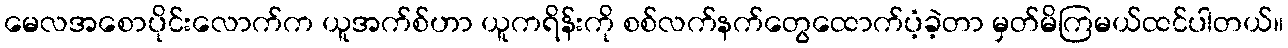
မေလအစောပိုင်းလောက်က ယူအက်စ်ဟာ ယူကရိန်းကို စစ်လက်နက်တွေထောက်ပံ့ခဲ့တာ မှတ်မိကြမယ်ထင်ပါတယ်။